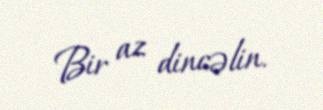
Bir az dincəlin.